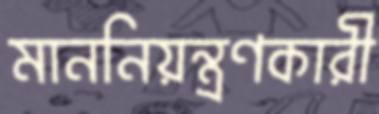
মাননিয়ন্ত্রণকারী